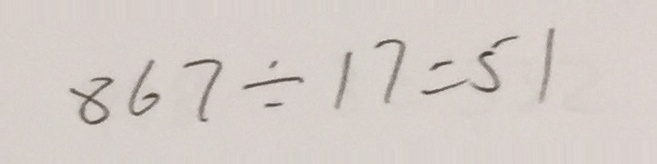
8 6 7 \div 1 7 = 5 1